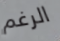
الرغم